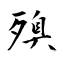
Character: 殠